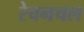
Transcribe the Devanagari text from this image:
रेवनचल